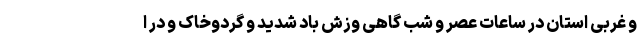
و غربی استان در ساعات عصر و شب گاهی وزش باد شدید و گردوخاک و در ا